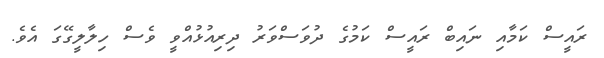
ރައީސް ކަމާއި ނައިބް ރައީސް ކަމުގެ ދުވަސްވަރު ދިރިއުޅުއްވީ ވެސް ހިލާލީގޭގަ އެވެ.